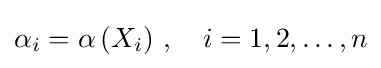
\alpha _{i}=\alpha \left(X_{i}\right)\,,\quad i=1,2,\dots ,n